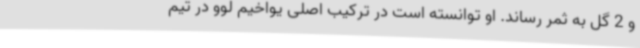
و 2 گل به ثمر رساند. او توانسته است در ترکیب اصلی یواخیم لوو در تیم